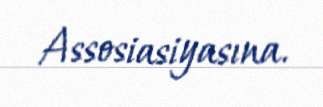
Assosiasiyasına.